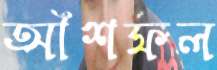
আঁশফল